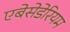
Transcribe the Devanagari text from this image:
एबेसेडेरियम